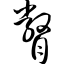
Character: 瞥